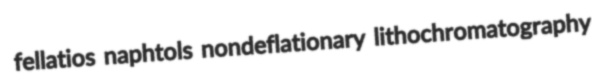
fellatios naphtols nondeflationary lithochromatography